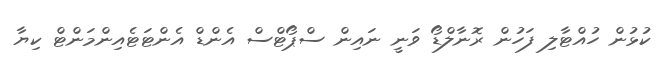
ކުޅުން ހުއްޓާލި ފަހުން ރޮނާލްޑޯ ވަނީ ނައިން ސްޕޯޓްސް އެންޑް އެންޓަޓެއިންމަންޓް ކިޔާ